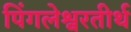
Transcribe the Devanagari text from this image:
पिंगलेश्वरतीर्थ